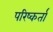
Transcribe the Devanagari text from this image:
परिष्कर्ता